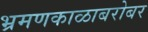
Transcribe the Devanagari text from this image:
भ्रमणकाळाबरोबर